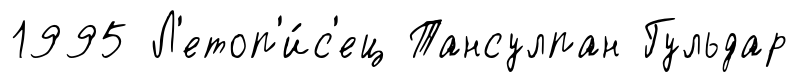
1995 Л'етоп'и́с'ец Тансулпан Гульдар